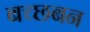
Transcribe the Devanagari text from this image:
बच्छबन